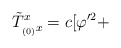
\begin{align*}\tilde T^{x}_{_{(0)}x} = c[\varphi'^2 +\end{align*}